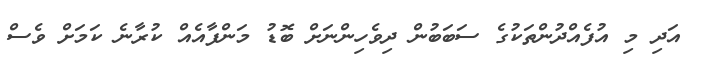
އަދި މި އުފެއްދުންތަކުގެ ސަބަބުން ދިވެހިންނަށް ބޮޑު މަންފާއެއް ކުރާނެ ކަމަށް ވެސް